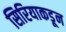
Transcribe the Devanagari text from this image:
सिरियाकडून